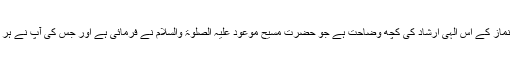
پس یہ قیامِ نماز اور حفاظت نماز کے اُس الٰہی ارشاد کی کچھ وضاحت ہے جو حضرت مسیح موعود علیہ الصلوۃ والسلام نے فرمائی ہے اور جس کی آپ نے ہر احمدی سے توقع رکھی ہے۔